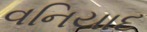
વનિયાદ